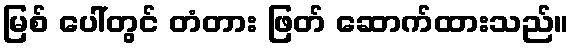
မြစ် ပေါ်တွင် တံတား ဖြတ် ဆောက်ထားသည်။